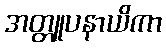
အတ္တူပနာယိကာ